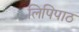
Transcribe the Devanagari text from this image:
लिपिपाठ